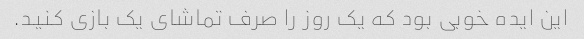
این ایده خوبی بود که یک روز را صرف تماشای یک بازی کنید.